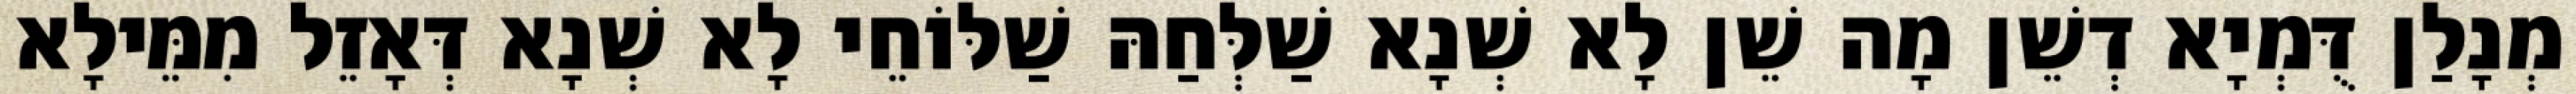
מְנָלַן דֻּמְיָא דְשֵׁן מָה שֵׁן לָא שְׁנָא שַׁלְּחַהּ שַׁלּוֹחֵי לָא שְׁנָא דְּאָזֵל מִמֵּילָא